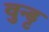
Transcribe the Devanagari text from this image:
वुन्ड्ट